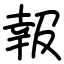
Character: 報